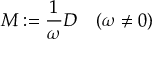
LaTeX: M : = { \frac { 1 } { \omega } } D \quad ( \omega \neq 0 )